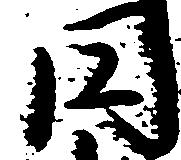
円